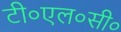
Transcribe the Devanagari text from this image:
टी०एल०सी०